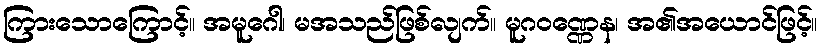
ကြားသောကြောင့်။ အမူဂေါ၊ မအသည်ဖြစ်လျက်။ မူဂဝဏ္ဏေန၊ အ၏အယောင်ဖြင့်။